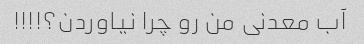
آب معدنی من رو چرا نیاوردن؟!!!!